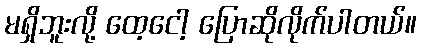
မရှိဘူးလို့ ထေ့ငေါ့ ပြောဆိုလိုက်ပါတယ်။